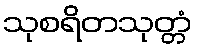
သုစရိတသုတ္တံ